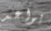
يواعد